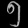
Digit: ၅